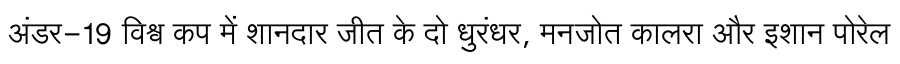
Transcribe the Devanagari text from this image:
अंडर-19 विश्व कप में शानदार जीत के दो धुरंधर, मनजोत कालरा और इशान पोरेल